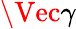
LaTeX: \Vec{\gamma}